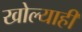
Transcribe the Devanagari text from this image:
खोल्याही